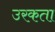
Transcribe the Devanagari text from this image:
उरकता